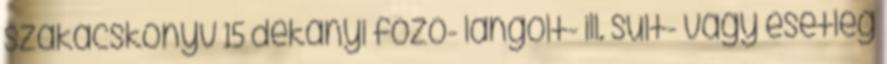
szakácskönyv 15 dekányi főző- lángolt- ill. sült- vagy esetleg